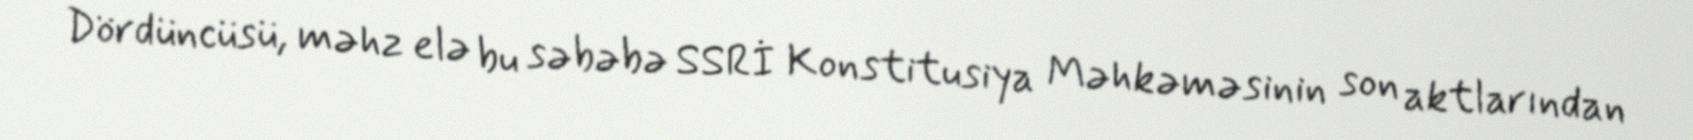
Dördüncüsü, məhz elə bu səbəbə SSRİ Konstitusiya Məhkəməsinin son aktlarından